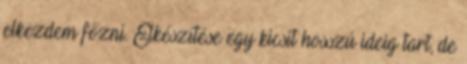
elkezdem főzni. Elkészítése egy kicsit hosszú ideig tart, de